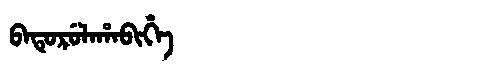
Manchu: ᠪᠠᡨᡠᡵᡠᠯᠠᡥᠠᠪᡳᡥᡝ
Romanization: BATURULAHABIHE